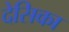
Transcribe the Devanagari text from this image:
देसिका